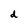
Character: d